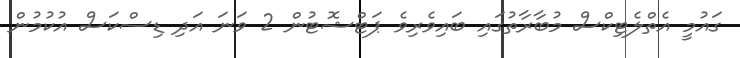
ގައުމީ އެތްލެޓިކްސް މުބާރާތުގައި ބައިވެރިވެ ޕަޓްޝޮޓުން 2 ވަނަ އަދި ޑިސްކަސް އުކުމުން